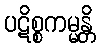
ပဋိစ္စကမ္မန္တိ